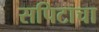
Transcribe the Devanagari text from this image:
सपिटाचा